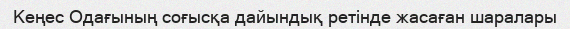
Кеңес Одағының соғысқа дайындық ретінде жасаған шаралары